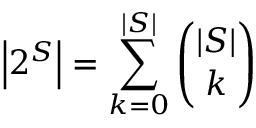
\left| 2 ^ { S } \right| = \sum _ { k = 0 } ^ { | S | } { \binom { | S | } { k } }